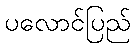
ပလောင်ပြည်